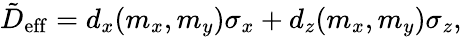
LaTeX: \begin{array}{r}{\tilde{D}_{\mathrm{eff}}=d_{x}(m_{x},m_{y})\sigma_{x}+d_{z}(m_{x},m_{y})\sigma_{z},}\end{array}